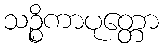
သဉ္စိကာပုတ္တော